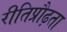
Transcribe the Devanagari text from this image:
रीतिप्रौढ़ता